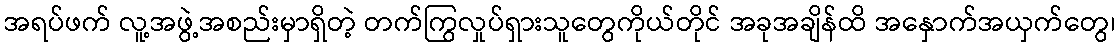
အရပ်ဖက် လူ့အဖွဲ့အစည်းမှာရှိတဲ့ တက်ကြွလှုပ်ရှားသူတွေကိုယ်တိုင် အခုအချိန်ထိ အနှောက်အယှက်တွေ၊